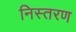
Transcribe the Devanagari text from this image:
निस्तरण